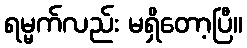
ရမ္မက်လည်း မရှိတော့ပြီ။